Lunatic asylums Punjab 1868-1880 - 1868-1880
Year: 1868
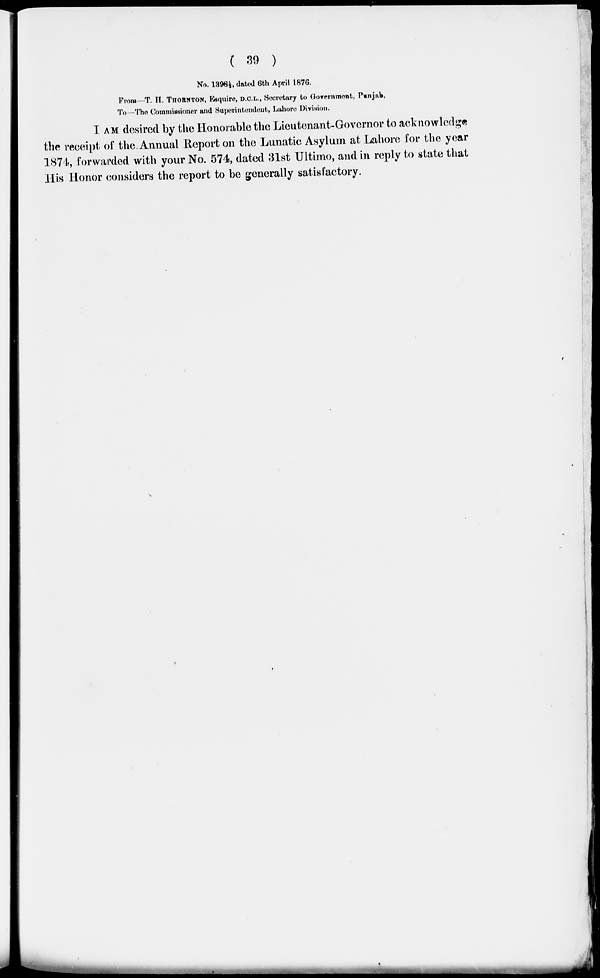
( 39 )
No. 1398½, dated 6th April 1876.
From—T. H. THORNTON, Esquire, D.C.L., Secretary to Government, Punjab,
To —The Commissioner and Superintendent, Lahore Division.
I AM desired by the Honorable the Lieutenant-Governor to acknowledge
the receipt of the. Annual Report on the Lunatic Asylum at Lahore for the year
1874, forwarded with your No. 574, dated 31st Ultimo, and in reply to state that
His Honor considers the report to be generally satisfactory.